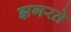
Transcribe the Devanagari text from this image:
झगरते